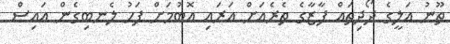
ތޫނު އަލީގެ ދޯދިތައް ފާޒާގެ ތެރެއަށް އަރައި އޮބުމަށް ފަހު ލެނބިގެން އައިސް